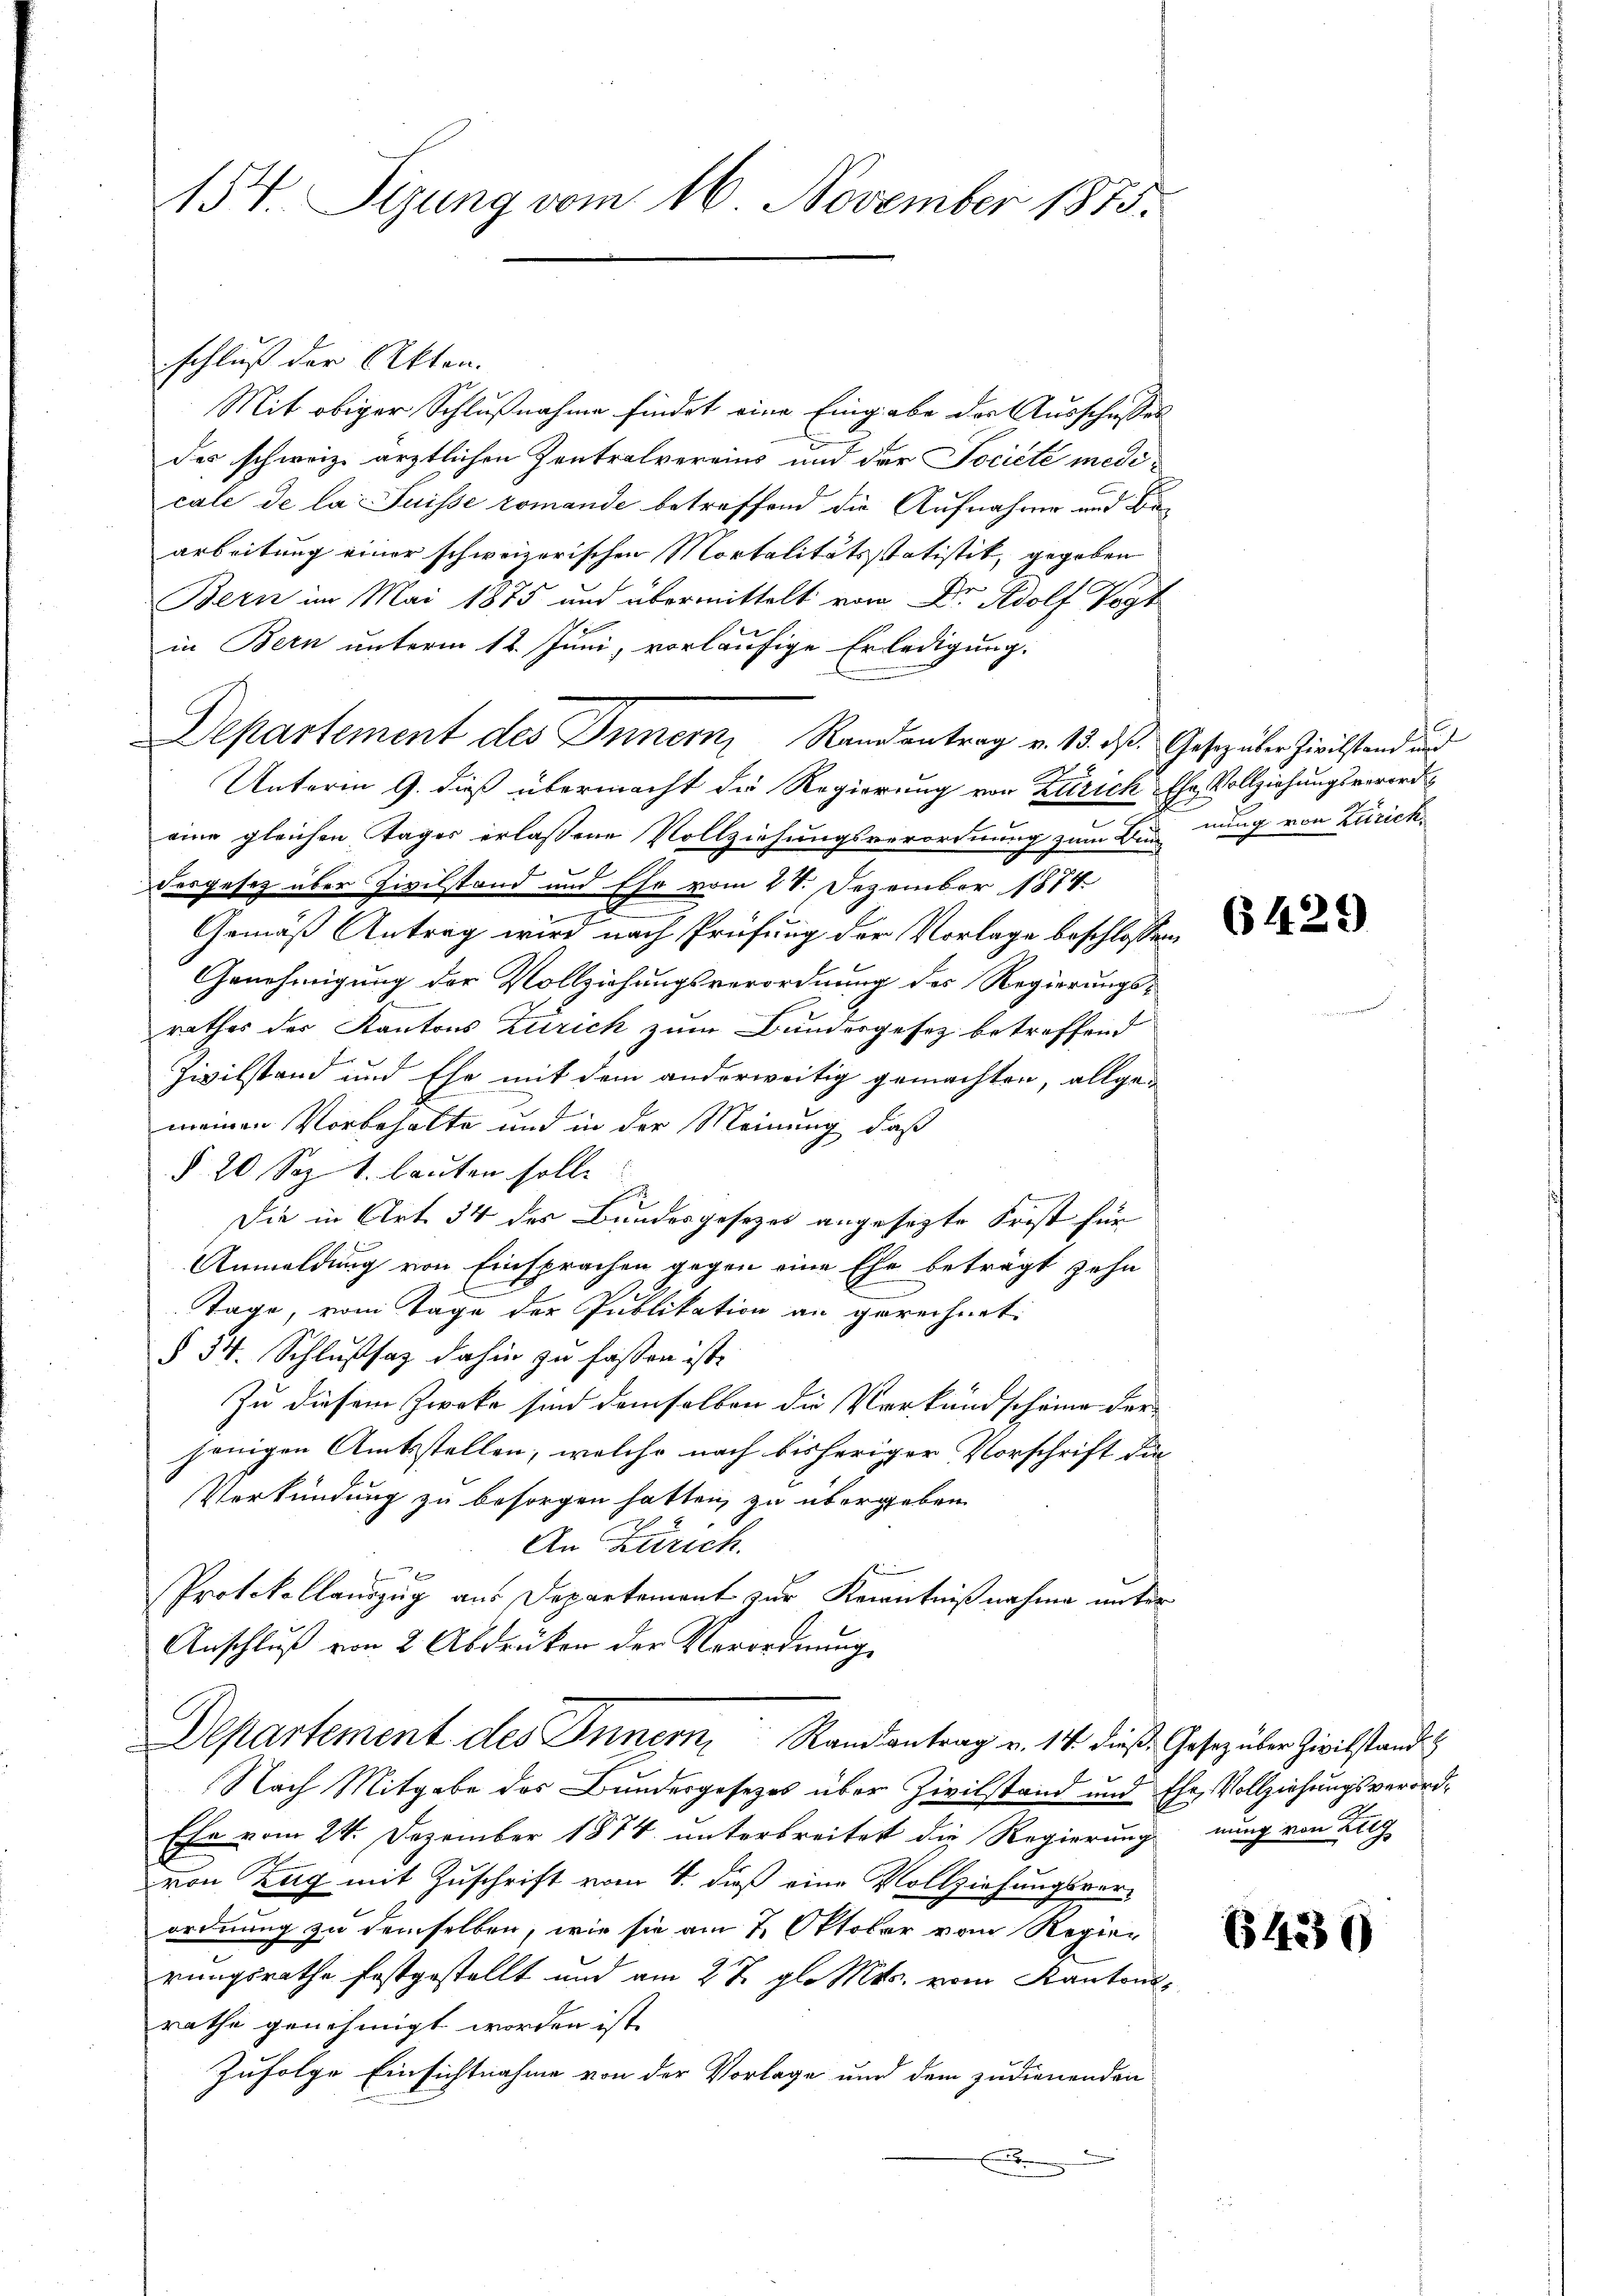
154. Sizung vom 16. November 1875.

schluß der Akten.
Mit obiger Schlußnahme findet eine Eingabe der Ausschusses
des schweiz. ärztlichen Zentralvereins und der Societe medicale de la Suisse romande betreffend die Aufnahme und Bearbeitung einer schweizerischen Mortalitätsstatistik, gegeben
Bern im Mai 1875 und übermittelt von Dr. Adolf Vogt
in Bern unterm 12. Juni, vorläufige Erledigung.
Departement des Innern, Randantrag v. 13. ds. Gesezüber Zivilstand und
Unterm 9. dieß übermacht die Regierung von Zürich Ehe Vollziehungsverordeine gleichen Tages erlassene Vollziehungsverordnung zum Bunnung von Zürich
desgesetz über Zivilstand und Ehe vom 28. Dezember 1874.
Gemäß Antrag wird nach Prüfung der Vorlage beschlossen:
Genehmigung der Vollziehungsverordnung des Regierungs¬
2
rathes der Kantons Zürich zum Bundergesez betreffend
Zivilstand und Ehe mit dem anderweitig gemachten, allge-
meinen Vorbehalte und in der Meinung, daß
§ 20 Sep. 1. lauten solle
Die in Art. 34 des Bundesgesezes angesezte Frist für
Anmeldung von Einsprachen gegen eine Ehe beträgt zehn
Tage, vom Tage der Publikation an gerechnet:
§ 54. Schlußsaz dahin zu fassen ist.
Zu diesem Zweke sind demselben die Verkundscheine der
jenigen Amtsstellen, welche nach bisheriger Vorschrift die
Verkündung zu besorgen hatten, zu übergeben
An Zürich.
Protokollauszug aus Departement zur Kenntnißnahme unter
Anschluß von 2 Abdrüken der Verordnung
Departement des Innern, Randantrag v. 14. diese Gesezüler Zivilstande
Nach Mitgabe des Bundesgesetzes über Zivilstand und Ehe, Vollziehungsverord¬
Ehe vom 24. Dezember 1874 unterbreitet die Regierung nung von Zug
von Zug mit Zuschrift vom 4. dieß eine Vollziehungsverordnung zu demselben, wie sie am 7. Oktober von Regier
rungsrathe festgestellt und am 27. gl. Mts. vom Kantonsrathe genehmigt worden ist.
Zufolge Einsichtnahme von der Vorlage und dem zudienenden
.

6429)

6430